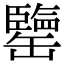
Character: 𦉞